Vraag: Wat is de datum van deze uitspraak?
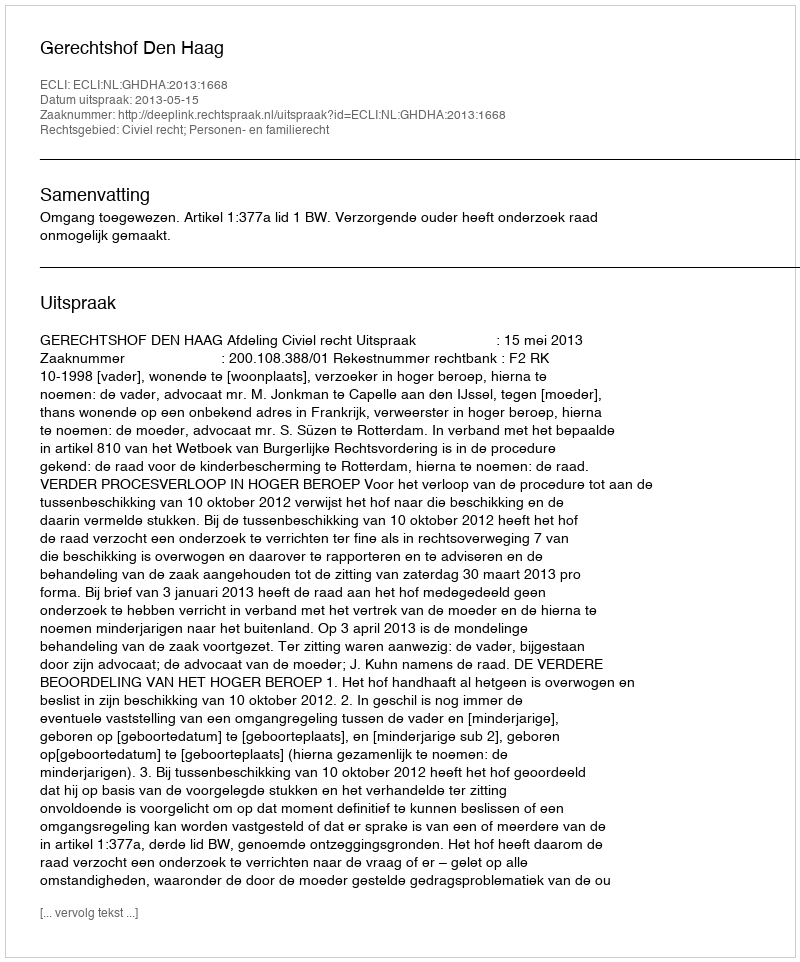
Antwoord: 2013-05-15